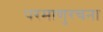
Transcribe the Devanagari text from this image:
परमाणुरचना